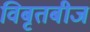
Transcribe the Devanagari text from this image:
विबृतबीज